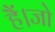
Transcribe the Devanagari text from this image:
हैं।जो